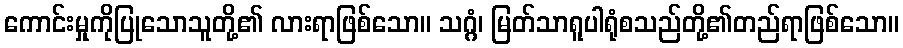
ကောင်းမှုကိုပြုသောသူတို့၏ လားရာဖြစ်သော။ သဂ္ဂံ၊ မြတ်သာရူပါရုံစသည်တို့၏တည်ရာဖြစ်သော။